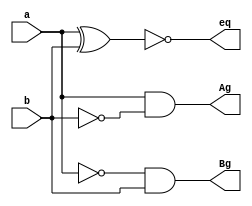

module Bit1_com(

 input a,
 input b,
 output eq,
 output Ag,
 output Bg
);

wire nota;
wire notb;


not not1(nota,a);
not not2(notb,b);
and AND1(Ag,a,notb);
xnor XNOR1(eq,a,b);
and AND2(Bg,nota,b);

endmodule